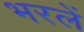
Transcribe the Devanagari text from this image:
भरलें